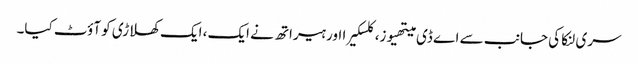
سری لنکا کی جانب سے اے ڈی میتھیوز، کلسکیرا اور ہیراتھ نے ایک، ایک کھلاڑی کو آؤٹ کیا۔